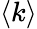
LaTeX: \left\langle k\right\rangle